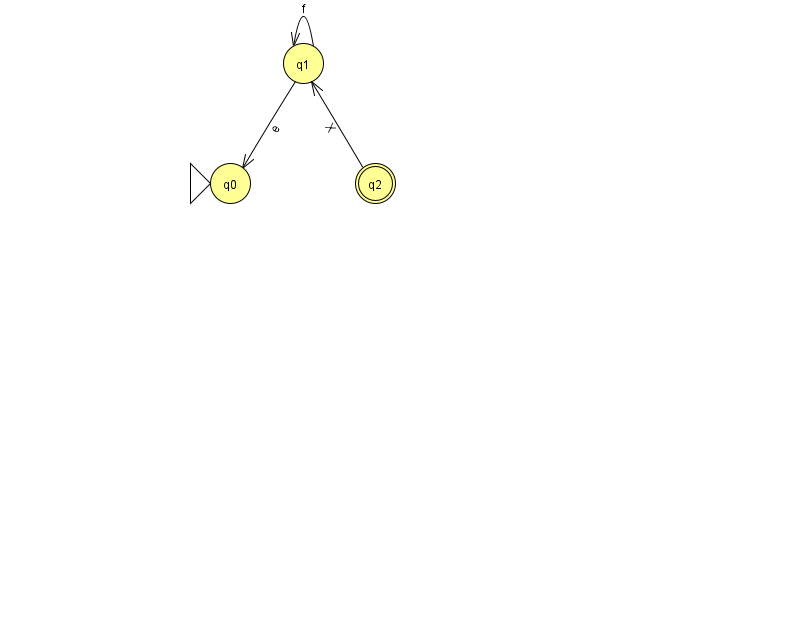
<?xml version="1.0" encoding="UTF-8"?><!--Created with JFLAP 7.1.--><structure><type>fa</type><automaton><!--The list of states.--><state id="0" name="q0"><x>230.0</x><y>170.0</y><initial/></state><state id="1" name="q1"><x>303.0</x><y>50.0</y></state><state id="2" name="q2"><x>375.0</x><y>170.0</y><final/></state><!--The list of transitions.--><transition><from>1</from><to>1</to><read>f</read></transition><transition><from>2</from><to>1</to><read>X</read></transition><transition><from>1</from><to>0</to><read>e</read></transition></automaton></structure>